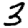
Digit: 3